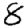
Digit: 8